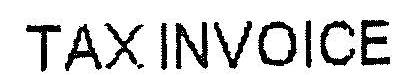
TAX INVOICE